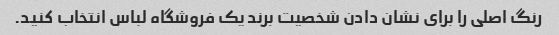
رنگ اصلی را برای نشان دادن شخصیت برند یک فروشگاه لباس انتخاب کنید.